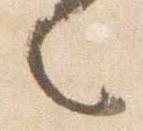
々